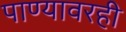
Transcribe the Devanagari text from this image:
पाण्यावरही